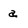
Character: a